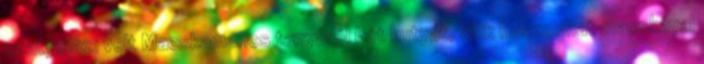
szatymazi volt Macskamancs tanyáról hét kutyát, akik huszonhat macskával